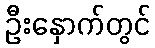
ဦးနှောက်တွင်